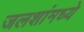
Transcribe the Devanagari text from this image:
जलशांमध्ये